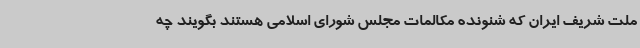
ملت شریف ایران که شنونده مکالمات مجلس شورای اسلامی هستند بگویند چه